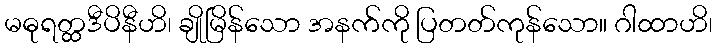
မဓုရတ္ထဒီပိနီဟိ၊ ချိုမြိန်သော အနက်ကို ပြတတ်ကုန်သော။ ဂါထာဟိ၊